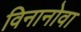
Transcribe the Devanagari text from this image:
विनानोवा